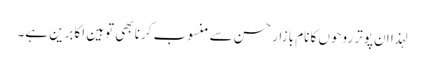
لہذا ان پوتر روحوں کا نام بازارِ حسن سے منسوب کرنا بھی توہینِ اکابرین ہے۔